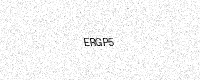
Text: ERGP5